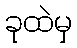
ခုထဲမှ